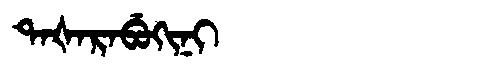
Manchu: ᡨᠠᡧᠠᡵᠠᠪᡠᡴᡳᠨᡳ
Romanization: TAŠARABUKINI